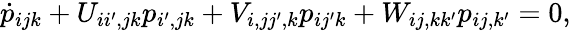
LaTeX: \dot{p}_{ijk}+U_{ii^{\prime},jk}p_{i^{\prime},jk}+V_{i,jj^{\prime},k}p_{ij^{\prime}k}+W_{ij,kk^{\prime}}p_{ij,k^{\prime}}=0,